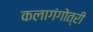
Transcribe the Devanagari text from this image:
कलागंगोत्री